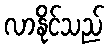
လာနိုင်သည်